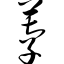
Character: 荸